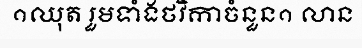
១ឈុត រួមទាំងថវិកាចំនួន១ លាន